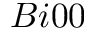
B i 0 0